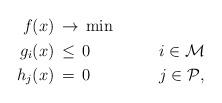
LaTeX: \begin{align*}\begin{aligned}f(x)&\,\to\,\min&&&\\g_i(x)&\,\leq\,0&\qquad&i\in\mathcal M&\\h_j(x)&\,=\,0&&j\in\mathcal P,&\end{aligned}\end{align*}